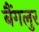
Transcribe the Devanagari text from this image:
बैंगलुर